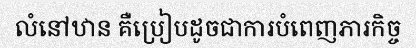
លំនៅឋាន គឺប្រៀបដូចជាការបំពេញភារកិច្ច